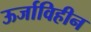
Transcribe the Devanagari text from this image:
ऊर्जाविहीन